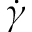
\dot { \gamma }